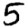
Digit: 5